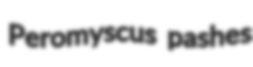
Peromyscus pashes